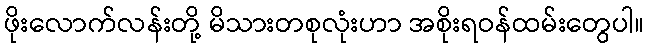
ဖိုးလောက်လန်းတို့ မိသားတစုလုံးဟာ အစိုးရဝန်ထမ်းတွေပါ။